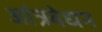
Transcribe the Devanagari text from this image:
आंत्रबेधन